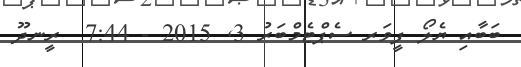
ބަބާއި ޔެލޯ ފީވަރ ސެޕްޓެމްބަރު 3